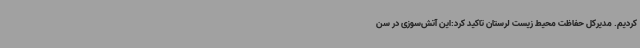
کردیم. مدیرکل حفاظت محیط زیست لرستان تاکید کرد:این آتش‌سوزی در سن